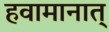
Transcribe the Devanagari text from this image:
हवामानात्